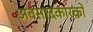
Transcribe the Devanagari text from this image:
अवसादकारकों